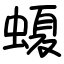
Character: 𧏡